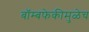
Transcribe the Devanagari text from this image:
बॉम्बफेकीमुळेच